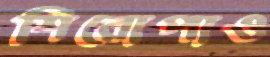
শিরোপাও